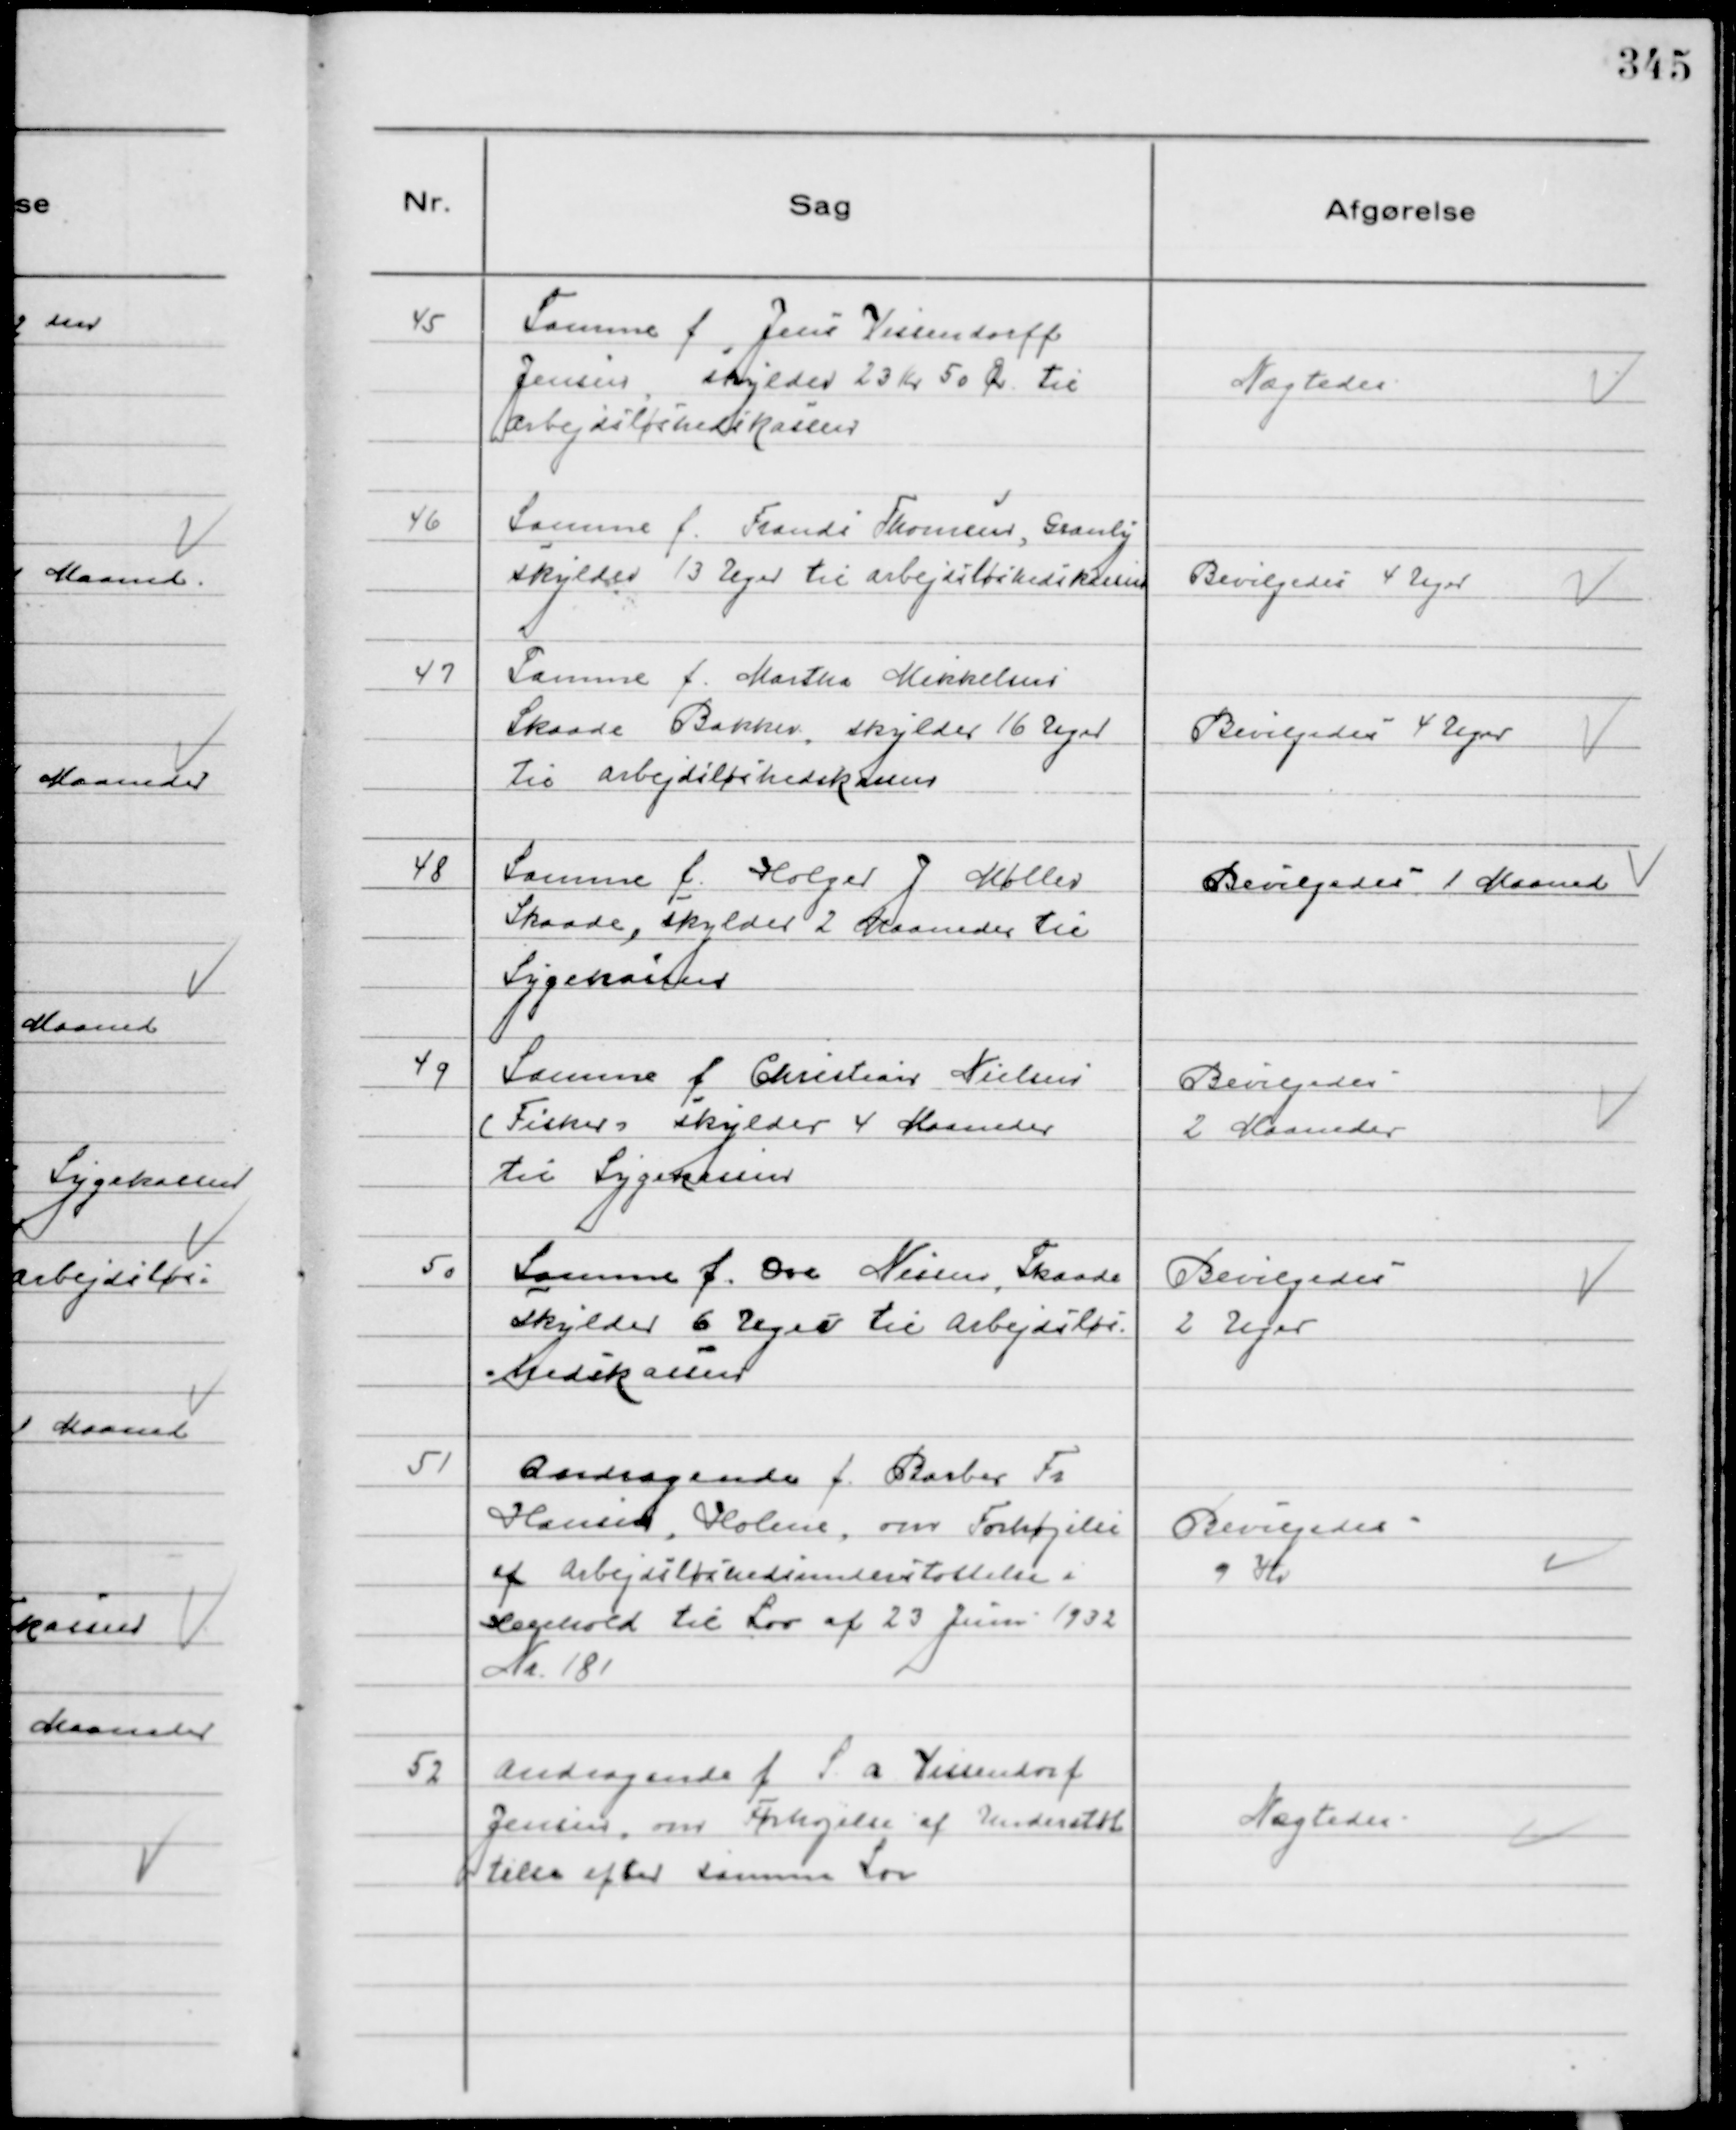
Transskription:
45
Samme f Jens Vissendorff
Jensen, skylder 23 Kr 50 Ør til
Arbejdsløshedskassen

Nægtedes

46
Samme f. Frands Thomsen, Granly
skylder 13 Uger til arbejdsløshedskassen

Bevilgedes 4 Uger

47
Samme f. Martha Mikkelsen
Skaade Bakker, skylder 16 Uger
til arbejdsløshedskassen

Bevilgedes 4 Uger

48
Samme f. Holger J Møller
Skaade, skylder 2 Maaneder til
Sygekassen

Bevilgedes 1 Maaned

49
Samme f Christian Nielsen
(Fisker)skylder 4 Maaneder
til Sygekassen

Bevilgedes
2 Maaneder

50
Samme f. Ove Nissen, Skaade
skylder 6 Uger til Arbejdsløs-
hedskassen

Bevilgedes
2 Uger

51
Andragende f. Barber Fr
Hansen, Holme, om Forhøjelse
af Arbejdsløshedsunderstøttelse i
Henhold til Lov af 23 Juni 1932
Nr. 181

Bevilgedes
9 Kr

52
Andragende f S. A. Vissendorf
Jensen, om Forhøjelse af Understøt
telse efter samme Lov

Nægtedes